Insane asylums in Bengal annual reports 1867-1875 - 1867-1875
Year: 1867
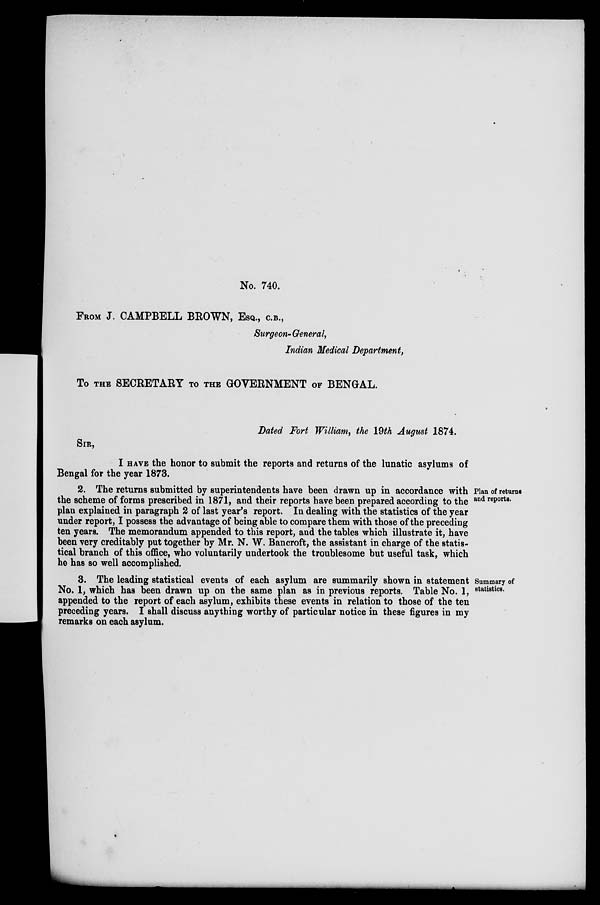
No. 740.
FROM J. CAMPBELL BROWN, ESQ., C.B.,
Surgeon-General,
Indian Medical Department,
To THE SECRETARY TO THE GOVERNMENT OF BENGAL.
Dated Fort William, the 19th August 1874.
SIR,
Plan of returns
and reports.
I HAVE the honor to submit the reports and returns of the lunatic asylums of
Bengal for the year 1873.
2. The returns submitted by superintendents have been drawn up in accordance with
the scheme of forms prescribed in 1871, and their reports have been prepared according to the
plan explained in paragraph 2 of last year's report. In dealing with the statistics of the year
under report, I possess the advantage of being able to compare them with those of the preceding
ten years. The memorandum appended to this report, and the tables which illustrate it, have
been very creditably put together by Mr. N. W. Bancroft, the assistant in charge of the statis-
tical branch of this office, who voluntarily undertook the troublesome but useful task, which
he has so well accomplished.
Summary of
statistics.
3. The leading statistical events of each asylum are summarily shown in statement
No. 1, which has been drawn up on the same plan as in previous reports. Table No. 1,
appended to the report of each asylum, exhibits these events in relation to those of the ten
preceding years. I shall discuss anything worthy of particular notice in these figures in my
remarks on each asylum.